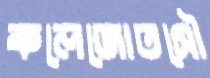
কলেজোতসৌ